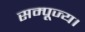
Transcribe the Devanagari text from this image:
सम्पूज्य।